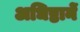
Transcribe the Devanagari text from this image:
अधिष्ठानें